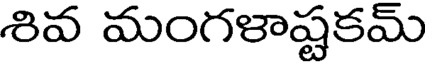
శివ మంగళాష్టకమ్